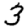
Digit: 3